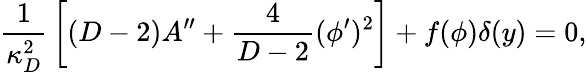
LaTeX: {\frac{1}{\kappa_{D}^{2}}}\left[(D-2)A^{\prime\prime}+{\frac{4}{D-2}}(\phi^{\prime})^{2}\right]+f(\phi)\delta(y)=0,